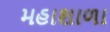
મહાશાળા